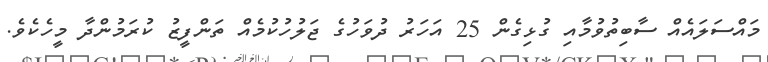
މައްސަލައެއް ސާބިތުވުމާއި ގުޅިގެން 25 އަހަރު ދުވަހުގެ ޖަލުހުކުމެއް ތަންފީޒު ކުރަމުންދާ މީހެކެވެ.